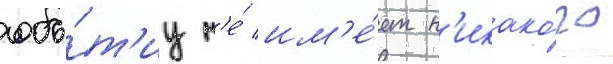
собы́т'иу н'е́ им'е́ет н'икако́го